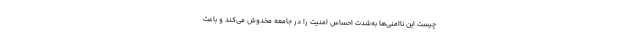
چیست این ناامنی‌ها به‌شدت احساس امنیت را در جامعه مخدوش می‌کند و باعث